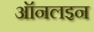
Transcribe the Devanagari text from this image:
ऑनलइन